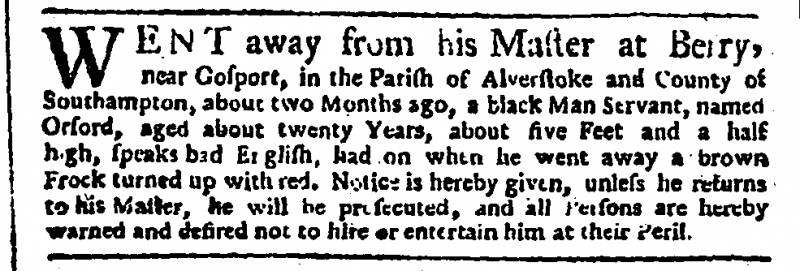
General Evening Post, 22 August 1751 (England)
WENT away from his Master at Berry, near Gosport, in the Parish of Alverstoke and County of Southampton, about two Months ago, a black Man Servant, named Orford, aged about twenty Years, about five Feet and a half high, speaks bad English, had on when he went away a brown Frock turned up with red. Notice is hereby given, unless he returns to his Master, he will be prosecuted, and all Persons are hereby warned and desired not to hire or entertain him at their Peril.